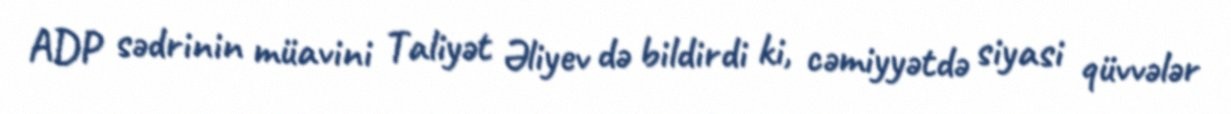
ADP sədrinin müavini Taliyət Əliyev də bildirdi ki, cəmiyyətdə siyasi qüvvələr